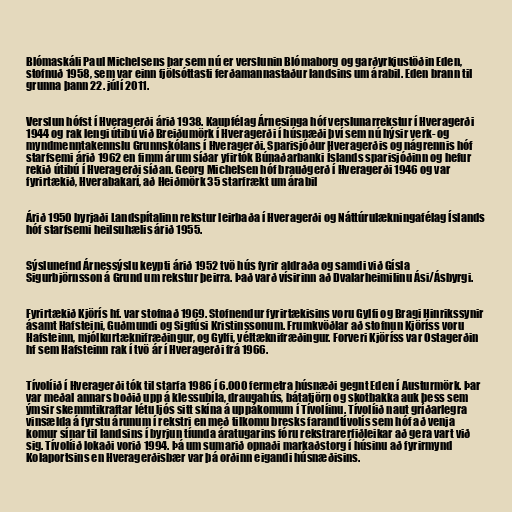
Blómaskáli Paul Michelsens þar sem nú er verslunin Blómaborg og garðyrkjustöðin Eden,
stofnuð 1958, sem var einn fjölsóttasti ferðamannastaður landsins um árabil. Eden brann til
grunna þann 22. júlí 2011.

Verslun hófst í Hveragerði árið 1938. Kaupfélag Árnesinga hóf verslunarrekstur í Hveragerði
1944 og rak lengi útibú við Breiðumörk í Hveragerði í húsnæði því sem nú hýsir verk- og
myndmenntakennslu Grunnskólans í Hveragerði. Sparisjóður Hveragerðis og nágrennis hóf
starfsemi árið 1962 en fimm árum síðar yfirtók Búnaðarbanki Íslands sparisjóðinn og hefur
rekið útibú í Hveragerði síðan. Georg Michelsen hóf brauðgerð í Hveragerði 1946 og var
fyrirtækið, Hverabakarí, að Heiðmörk 35 starfrækt um árabil

Árið 1950 byrjaði Landspítalinn rekstur leirbaða í Hveragerði og Náttúrulækningafélag Íslands
hóf starfsemi heilsuhælis árið 1955.

Sýslunefnd Árnessýslu keypti árið 1952 tvö hús fyrir aldraða og samdi við Gísla
Sigurbjörnsson á Grund um rekstur þeirra. Það varð vísirinn að Dvalarheimilinu Ási/Ásbyrgi.

Fyrirtækið Kjörís hf. var stofnað 1969. Stofnendur fyrirtækisins voru Gylfi og Bragi Hinrikssynir
ásamt Hafsteini, Guðmundi og Sigfúsi Kristinssonum. Frumkvöðlar að stofnun Kjöríss voru
Hafsteinn, mjólkurtæknifræðingur, og Gylfi, véltæknifræðingur. Forveri Kjöríss var Ostagerðin
hf sem Hafsteinn rak í tvö ár í Hveragerði frá 1966.

Tívolíið í Hveragerði tók til starfa 1986 í 6.000 fermetra húsnæði gegnt Eden í Austurmörk. Þar
var meðal annars boðið upp á klessubíla, draugahús, bátatjörn og skotbakka auk þess sem
ýmsir skemmtikraftar létu ljós sitt skína á uppákomum í Tívolíinu. Tívolíið naut gríðarlegra
vinsælda á fyrstu árunum í rekstri en með tilkomu bresks farandtívolís sem hóf að venja
komur sínar til landsins í byrjun tíunda áratugarins fóru rekstrarerfiðleikar að gera vart við
sig. Tívolíið lokaði vorið 1994. Þá um sumarið opnaði markaðstorg í húsinu að fyrirmynd
Kolaportsins en Hveragerðisbær var þá orðinn eigandi húsnæðisins.